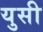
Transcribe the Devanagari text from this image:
युसी